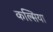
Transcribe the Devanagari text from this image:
कल्सिया